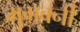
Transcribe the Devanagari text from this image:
मुगबर्नी